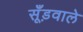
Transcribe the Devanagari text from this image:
सूँड़वाले